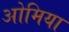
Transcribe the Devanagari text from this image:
ओमिया